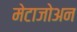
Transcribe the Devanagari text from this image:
मेटाजोअन